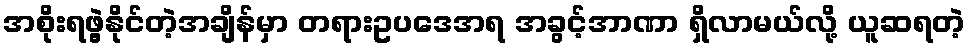
အစိုးရဖွဲ့နိုင်တဲ့အချိန်မှာ တရားဥပဒေအရ အခွင့်အာဏာ ရှိလာမယ်လို့ ယူဆရတဲ့